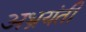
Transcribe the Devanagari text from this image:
अभ्रयंती